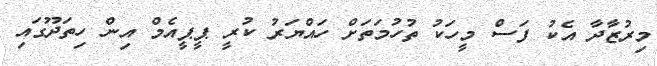
މިރުޒާދާ އެކު ފަސް މީހަކު ތުހުމަތަށް ހައްޔަރު ކުރީ ޕީޕީއެމް އިން ހިތަދޫގައި